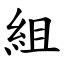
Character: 組